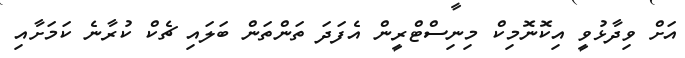
އަށް ވިދާޅުވީ އިކޮނޮމިކް މިނިސްޓްރީން އެފަދަ ތަންތަން ބަލައި ޗެކް ކުރާނެ ކަމަށާއި